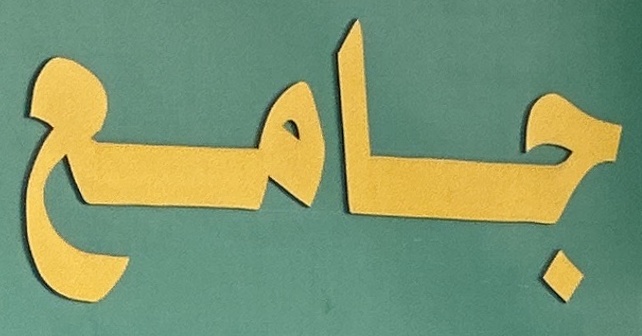
جامع